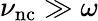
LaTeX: \nu_{\mathrm{nc}}\gg\omega